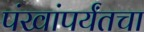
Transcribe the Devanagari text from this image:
पंखांपर्यंतचा